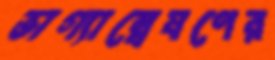
ভাগ্যান্বেষণের